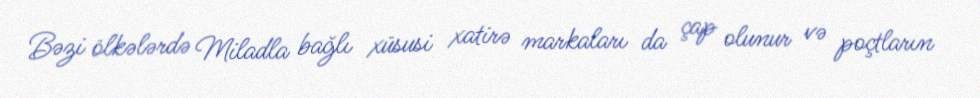
Bəzi ölkələrdə Miladla bağlı xüsusi xatirə markaları da çap olunur və poçtların